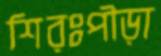
শিরঃপীড়া